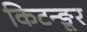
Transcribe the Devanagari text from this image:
किटन्ङूर